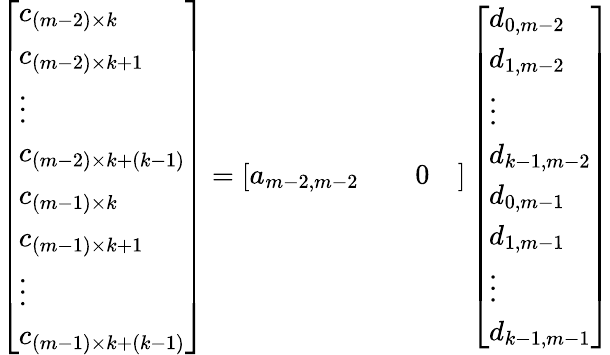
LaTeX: \begin{array}{r}{\left[\begin{array}{l}{c_{(m-2)\times k}}\\ {c_{(m-2)\times k+1}}\\ {\vdots}\\ {c_{(m-2)\times k+(k-1)}}\\ {c_{(m-1)\times k}}\\ {c_{(m-1)\times k+1}}\\ {\vdots}\\ {c_{(m-1)\times k+(k-1)}}\end{array}\right]=\left[\begin{array}{llll}{a_{m-2,m-2}}&{}&{0}&{}\end{array}\right]\left[\begin{array}{l}{d_{0,m-2}}\\ {d_{1,m-2}}\\ {\vdots}\\ {d_{k-1,m-2}}\\ {d_{0,m-1}}\\ {d_{1,m-1}}\\ {\vdots}\\ {d_{k-1,m-1}}\end{array}\right]}\end{array}